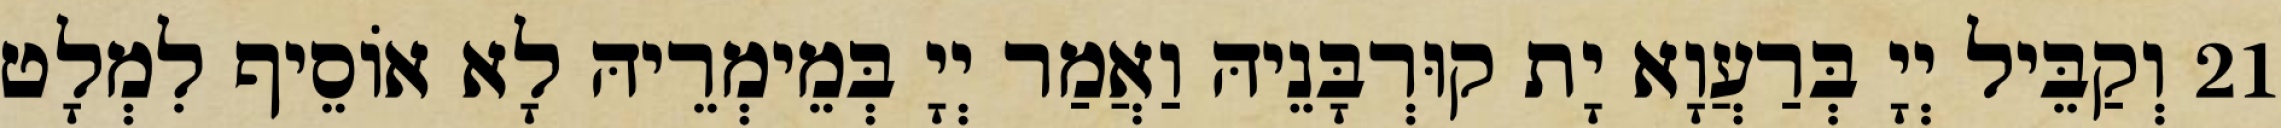
21 וְקַבֵּיל יְיָ בְּרַעֲוָא יָת קוּרְבָּנֵיהּ וַאֲמַר יְיָ בְּמֵימְרֵיהּ לָא אוֹסֵיף לִמְלָט